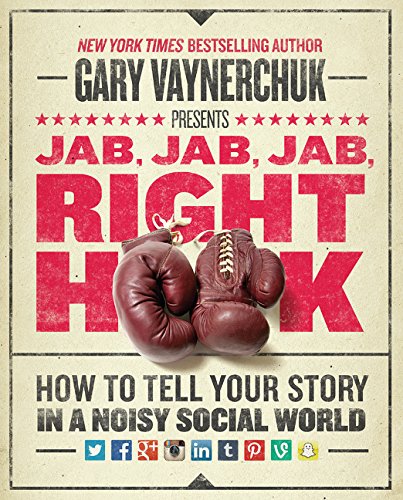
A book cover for Jab, Jab, Jab, Right Hook: How to Tell Your Story in a Noisy Social World; Gary Vaynerchuk; Computers & Technology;